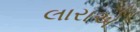
લારાએ